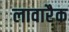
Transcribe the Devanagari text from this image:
लावारैक